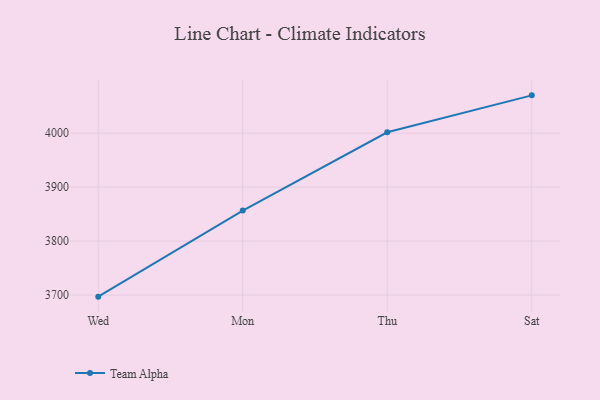
{"axis": {"x": "Day", "y": "Waste Production (Tons)"}, "legend": ["Team Alpha"], "data": [{"x": "Wed", "y": 3697.2, "type": "Team Alpha"}, {"x": "Mon", "y": 3856.6, "type": "Team Alpha"}, {"x": "Thu", "y": 4001.6, "type": "Team Alpha"}, {"x": "Sat", "y": 4070.0, "type": "Team Alpha"}]}